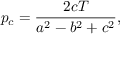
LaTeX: p _ { c } = { \frac { 2 c T } { a ^ { 2 } - b ^ { 2 } + c ^ { 2 } } } ,